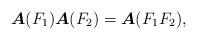
LaTeX: \begin{align*}\boldsymbol{A}(F_1)\boldsymbol{A}(F_2)=\boldsymbol{A}(F_1 F_2),\end{align*}